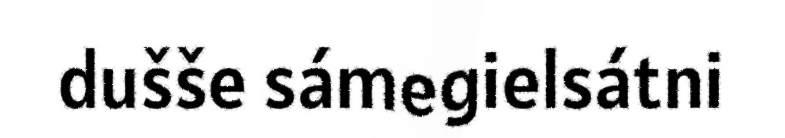
dušše sámegielsátni